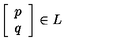
\left[ \begin{array} { c } { p } \\ { q } \\ \end{array} \right] \in L